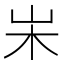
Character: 𡵬